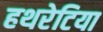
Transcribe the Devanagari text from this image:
हथरेटिया